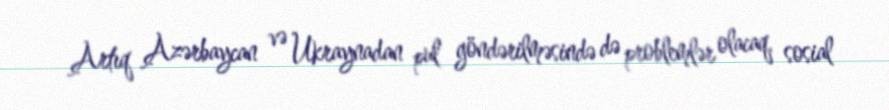
Artıq Azərbaycan və Ukraynadan pul göndərilməsində də problemlər olacaq, sosial